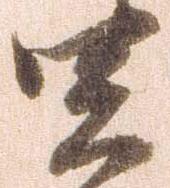
関